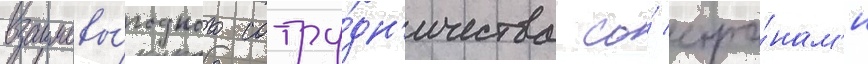
взаимовы́годного сотру́дн'ичества со́ стра́нам'и